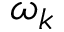
\omega _ { k }